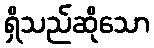
ရှိသည်ဆိုသော